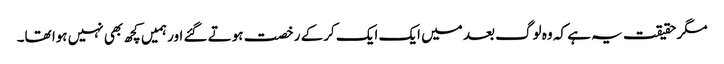
مگر حقیقت یہ ہے کہ وہ لوگ بعد میں ایک ایک کرکے رخصت ہوتے گئے اور ہمیں کچھ بھی نہیں ہوا تھا۔